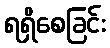
ရရှိစေခြင်း